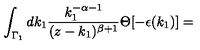
\int _ { { \Gamma } _ { 1 } } d k _ { 1 } \frac { k _ { 1 } ^ { - \alpha - 1 } } { ( z - k _ { 1 } ) ^ { \beta + 1 } } \Theta [ - \epsilon ( k _ { 1 } ) ] =